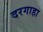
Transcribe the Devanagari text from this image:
दरगाहा